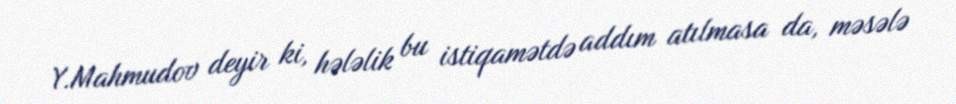
Y.Mahmudov deyir ki, hələlik bu istiqamətdə addım atılmasa da, məsələ